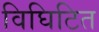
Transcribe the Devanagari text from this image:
विघिटित